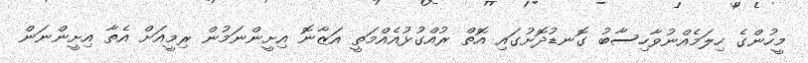
މީހުންގެ ހިލަމެއްނުވާހިސާބު ގޮނޑުދޮށުގައި އޮތް ރުއްގުޅުއެއްމަތީ އަޒާނޮ އިށީންނަމުން ރިމީއަށް އެތާ އިށީންނަން